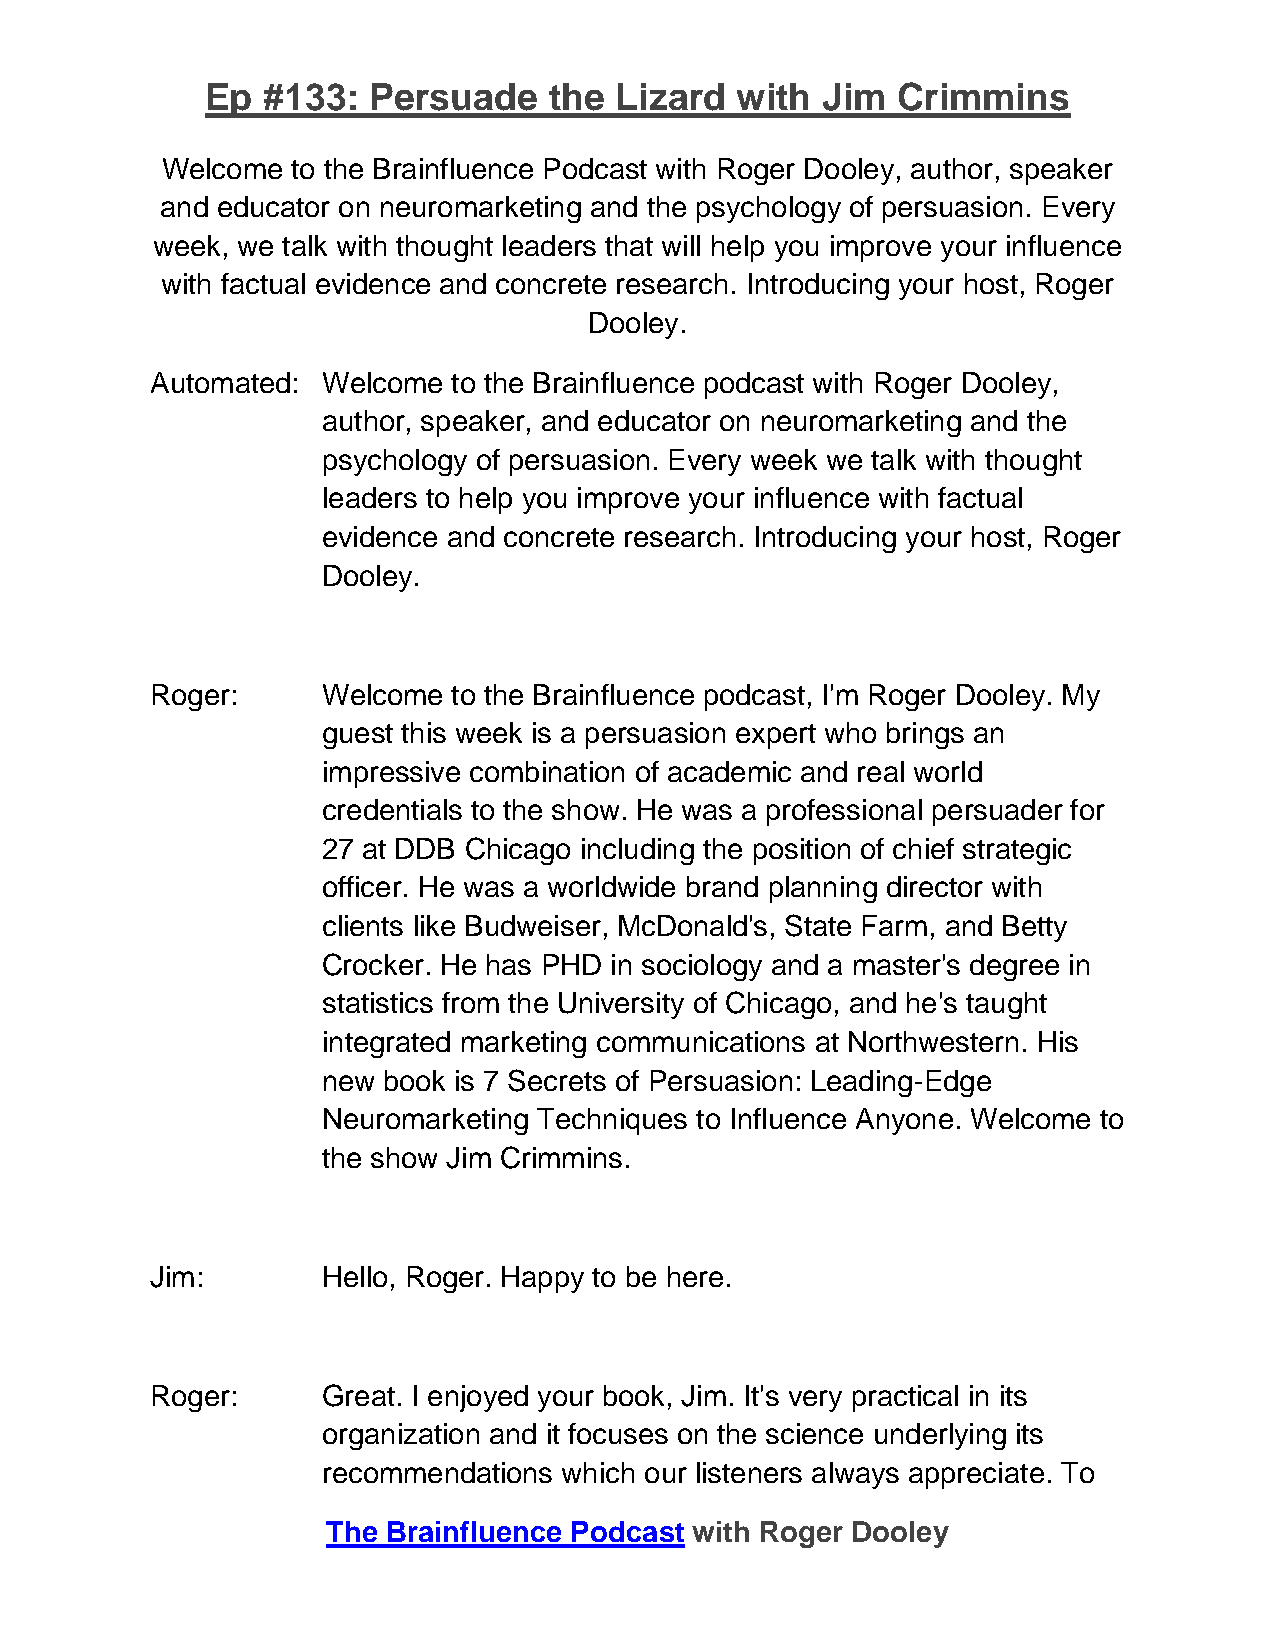
Ep #133:  Persuade    the  Lizard  with Jim  Crimmins
 Welcome to the Brainfluence Podcast with Roger Dooley, author, speaker
 and educator on neuromarketing and the psychology of persuasion. Every
 week, we talk with thought leaders that will help you improve your influence
 with factual evidence and concrete research. Introducing your host, Roger
 Dooley.
 Automated: Welcome  to the Brainfluence podcast with Roger Dooley,
 author, speaker, and educator on neuromarketing and the
 psychology of persuasion. Every week we talk with thought
 leaders to help you improve your influence with factual
 evidence and concrete research. Introducing your host, Roger
 Dooley.
 Roger:     Welcome  to the Brainfluence podcast, I'm Roger Dooley. My
 guest this week is a persuasion expert who brings an
 impressive combination of academic and real world
 credentials to the show. He was a professional persuader for
 27 at DDB Chicago including the position of chief strategic
 officer. He was a worldwide brand planning director with
 clients like Budweiser, McDonald's, State Farm, and Betty
 Crocker. He has PHD in sociology and a master's degree in
 statistics from the University of Chicago, and he's taught
 integrated marketing communications at Northwestern. His
 new book is 7 Secrets of Persuasion: Leading-Edge
 Neuromarketing Techniques to Influence Anyone. Welcome to
 the show Jim Crimmins.
 Jim:       Hello, Roger. Happy to be here.
 Roger:     Great. I enjoyed your book, Jim. It's very practical in its
 organization and it focuses on the science underlying its
 recommendations which our listeners always appreciate. To
 The Brainfluence Podcast with Roger Dooley